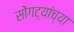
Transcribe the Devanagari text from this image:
सोंगट्यांच्या